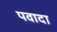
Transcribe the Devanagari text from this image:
पवादा